Annual report on the health of the army in India
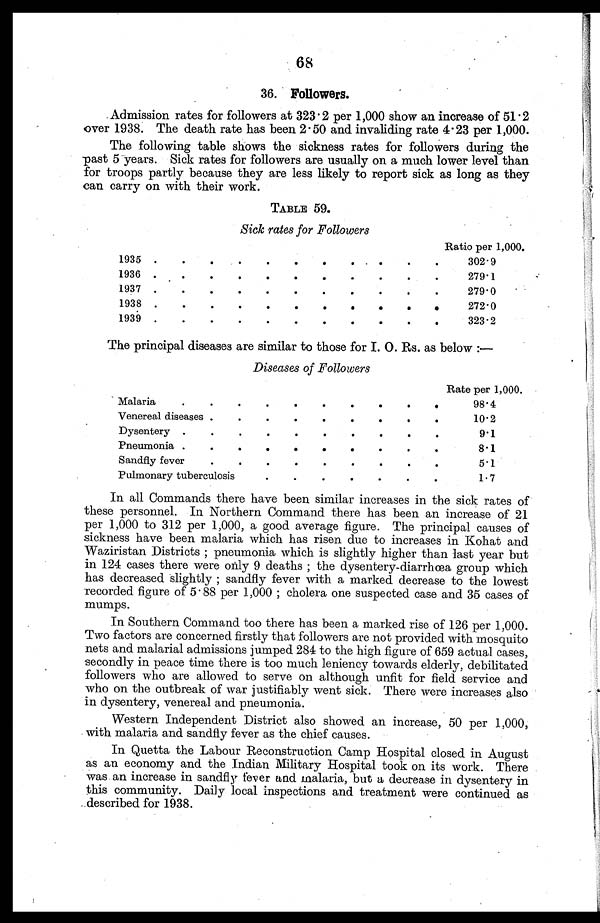
68
36. Followers.
Admission rates for followers at 323.2 per 1,000 show an increase of 51.2
over 1938. The death rate has been 2.50 and invaliding rate 4.23 per 1,000.
The following table shows the sickness rates for followers during the
past 5 years. Sick rates for followers are usually on a much lower level than
for troops partly because they are less likely to report sick as long as they
can carry on with their work.
TABLE 59.
Sick rates for Followers
Ratio per 1,000.
1935
.
.
.
.
.
.
.
.
.
.
.
302.9
1936
.
.
.
.
.
.
.
.
.
.
.
279.1
1937
.
.
.
.
.
.
.
.
.
.
.
279.0
1938
.
.
.
.
.
.
.
.
.
.
.
272.0
1939
.
.
.
.
.
.
.
.
.
.
.
323.2
The principal diseases are similar to those for I. O. Rs. as below :—
Diseases of Followers
Rate per 1,000.
Malaria
.
.
.
.
.
.
.
.
.
.
98.4
Venereal diseases .
.
.
.
.
.
.
.
.
10.2
Dysentery .
.
.
.
.
.
.
.
.
.
9.1
Pneumonia .
.
.
.
.
.
.
.
.
.
8 . 1
Sandfly fever
.
.
.
.
.
.
.
.
.
5.1
Pulmonary tuberculosis
.
.
.
.
.
.
.
1. 7
In all Commands there have been similar increases in the sick rates of
these personnel. In Northern Command there has been an increase of 21
per 1,000 to 312 per 1,000, a good average figure. The principal causes of
sickness have been malaria which has risen due to increases in Kohat and
Waziristan Districts ; pneumonia which is slightly higher than last year but
in 124 cases there were only 9 deaths ; the dysentery-diarrhœa group which
has decreased Slightly ; sandfly fever with a marked decrease to the lowest
recorded figure of 5 . 88 per 1,000 ; cholera one suspected case and 35 cases of
mumps.
In Southern Command too there has been a marked rise of 126 per 1,000.
Two factors are concerned firstly that followers are not provided with mosquito
nets and malarial admissions jumped 284 to the high figure of 659 actual cases,
secondly in peace time there is too much leniency towards elderly, debilitated
followers who are allowed to serve on although unfit for field service and
who on the outbreak of war justifiably went sick. There were increases also
in dysentery, venereal and pneumonia.
•
Western Independent District also showed an increase, 50 per 1,000,
with malaria and sandfly fever as the chief causes.
In Quetta the Labour Reconstruction Camp Hospital closed in August
as an economy and the Indian Military Hospital took on its work. There
was an increase in sandfly fever and malaria, but a decrease in dysentery in
this community. Daily local inspections and treatment were continued as
described for 1938.